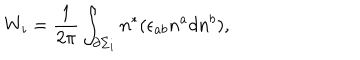
W _ { i } = \frac 1 { 2 \pi } \int _ { \partial \Sigma _ { i } } n ^ { * } ( \epsilon _ { a b } n ^ { a } d n ^ { b } ) ,